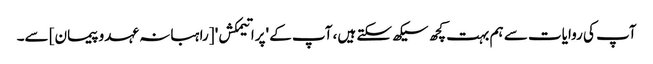
آپ کی روایات سے ہم بہت کچھ سیکھ سکتے ہیں، آپ کے 'پراتیمکش' [راہبانہ عہدو پیمان] سے۔